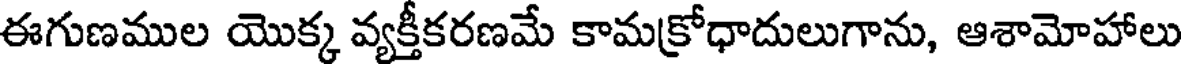
ఈగుణముల యొక్క వ్యక్తీకరణమే కామక్రోధాదులుగాను, ఆశామోహాలు